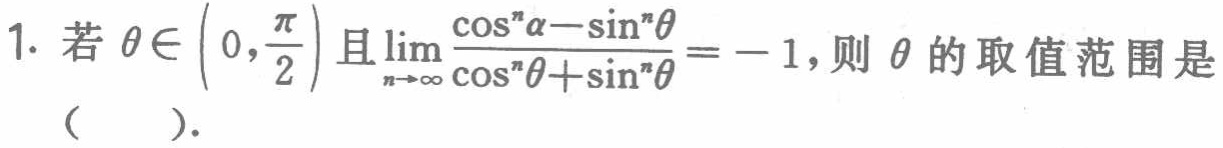
1. 若$\theta\in\left(0,\frac{\pi}{2}\right)$且$\lim_{n \to \infty} \frac{\cos^{n}\alpha - \sin^{n}\theta}{\cos^{n}\theta+\sin^{n}\theta}=-1$，则$\theta$的取值范围是（  ）.